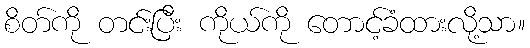
စိတ်ကို တင်းပြီး ကိုယ်ကို တောင့်ခံထားလို့သာ။